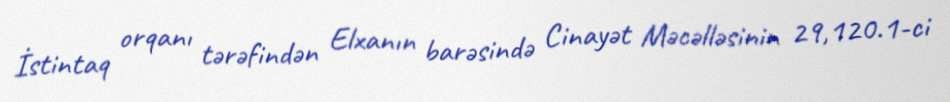
İstintaq orqanı tərəfindən Elxanın barəsində Cinayət Məcəlləsinin 29,120.1-ci